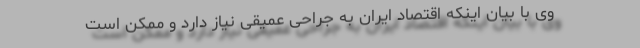
وی با بیان اینکه اقتصاد ایران به جراحی عمیقی نیاز دارد و ممکن است